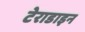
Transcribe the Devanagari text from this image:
टेराडाइन